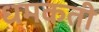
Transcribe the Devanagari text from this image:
धमकती